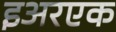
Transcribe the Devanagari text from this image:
इअरएक